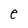
Character: e